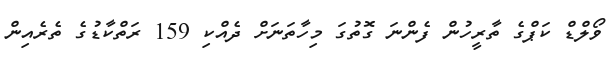
ވޯލްޑް ކަޕްގެ ތާރީހުން ފެންނަ ގޮތުގަ މިހާތަނަށް ދެއްކި 159 ރަތްކާޑުގެ ތެރެއިން